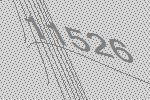
11526